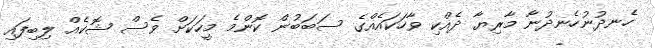
ހެނދުނުހެނދުނާ މާރިޔާ ދެއްކި ވާހަކައެއްގެ ސަބަބުން ކޮންމެ މީހަކަށް ވެސް ޝޮކެއް ލިބިފައި